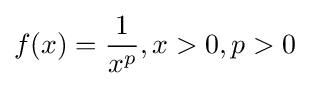
f(x)={\frac {1}{x^{p}}},x>0,p>0